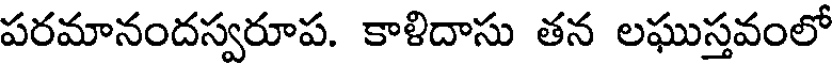
పరమానందస్వరూప. కాళిదాసు తన లఘుస్తవంలో